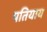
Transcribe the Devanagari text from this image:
पतियाय